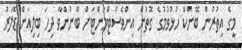
މީގެ އިތުރުން ބޭންކް ހުޅުވުމުގެ ގޮތުން އިންވެސްޓްމަންޓަށް ބޭނުންވާ ދިހަ ބިލިއަން ޑޮލަރު